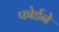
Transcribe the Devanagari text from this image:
फोर्डने